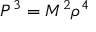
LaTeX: P ^ { 3 } = M ^ { 2 } \rho ^ { 4 }